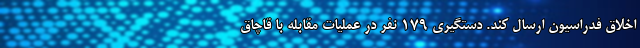
اخلاق فدراسیون ارسال کند. دستگیریِ 179 نفر در عملیات مقابله با قاچاق